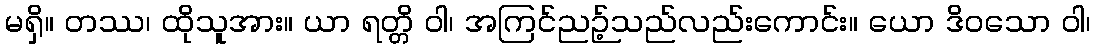
မရှိ။ တဿ၊ ထိုသူအား။ ယာ ရတ္တိ ဝါ၊ အကြင်ညဉ့်သည်လည်းကောင်း။ ယော ဒိဝသော ဝါ၊